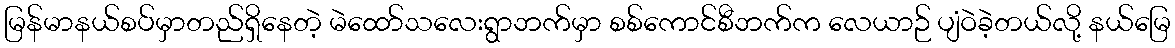
မြန်မာနယ်စပ်မှာတည်ရှိနေတဲ့ မဲထော်သလေးရွာဘက်မှာ စစ်ကောင်စီဘက်က လေယာဉ် ပျံဝဲခဲ့တယ်လို့ နယ်မြေ